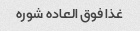
غذا فوق العاده شوره